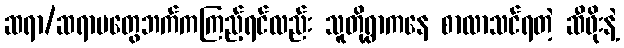
ဆရာ/ဆရာမတွေဘက်ကကြည့်ရင်လည်း သူတို့ရွာကနေ စာလာသင်ရတဲ့ ဆီဖိုးနဲ့